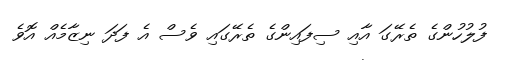
ފުލުހުންގެ ތެރޭގަ އާއި ސިފައިންގެ ތެރޭގައި ވެސް އެ ފަދަ ނިޒާމެއް އޮވެ